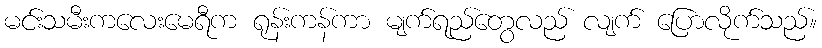
မင်းသမီးကလေးမေရီက ရုန်းကန်ကာ မျက်ရည်တွေလည် လျက် ပြောလိုက်သည်။